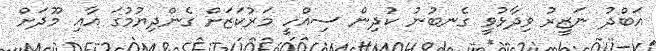
އަބްދު ނަޒީރު ވިދާޅުވީ ގެނބުނު ކުދިން ސިއްހީ މަރުކަޒަށް ގެންދިޔުމުގަ އާއި މޫދަށް